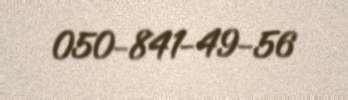
050-841-49-56